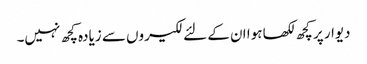
دیوار پر کچھ لکھا ہوا ان کے لئے لکیروں سے زیادہ کچھ نہیں۔